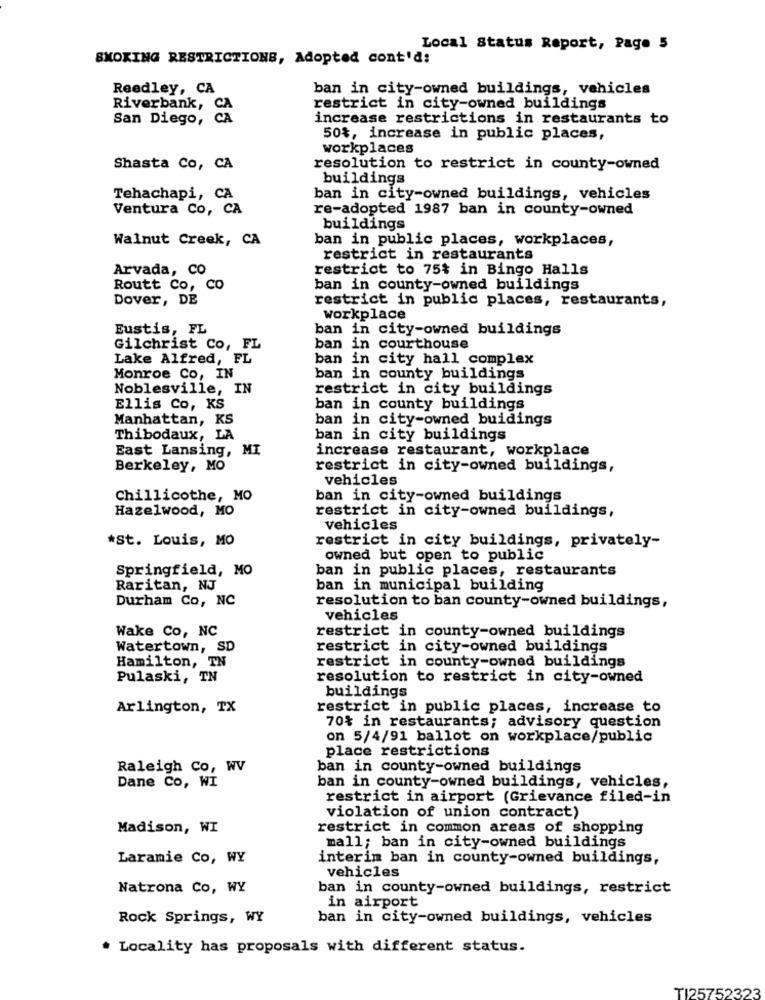
Local Status Report, Page 5
SMOKING RESTRICTIONS, Adopted cont'd:
Reedley, CA
ban in city-owned buildings, vehicles
Riverbank, CA
restrict in city-owned buildings
San Diego, C
increase restrictions in restaurants to
50%, increase in public places,
workplaces
Shasta Co, CA
resolution to restrict in county-owned
buildings
Tehachapi, CA
ban in city-owned buildings, vehicles
Ventura Co, CA
re-adopted 1987 ban in county-owned
buildings
Walnut Creek, CA
ban in public places, workplaces,
restrict in restaurants
Arvada, CO
restrict to 75% in Bingo Halls
Routt Co, CO
ban in county-owned buildings
Dover, DE
restrict in public places, restaurants,
workplace
Eustis, FL
ban in city-owned buildings
Gilchrist Co, FL
ban in courthouse
Lake Alfred, FL
ban in city hall complex
Monroe Co, IN
ban in county buildings
Noblesville, IN
restrict in city buildings
Ellis Co, KS
ban in county buildings
Manhattan, KS
ban in city-owned buidings
Thibodaux, LA
ban in city buildings
East Lansing, MI
increase restaurant, workplace
Berkeley, MO
restrict in city-owned buildings,
vehicles
Chillicothe, MO
ban in city-owned buildings
Hazelwood, MO
restrict in city-owned buildings,
vehicles
*St. Louis, MO
restrict in city buildings, privately-
owned but open to public
Springfield, MO
ban in public places, restaurants
Raritan, NJ
ban in municipal building
Durham Co, NC
resolution to ban county-owned buildings,
vehicles
Wake Co, NC
restrict in county-owned buildings
Watertown, SD
restrict in city-owned buildings
Hamilton, TN
restrict in county-owned buildings
Pulaski, TN
resolution to restrict in city-owned
buildings
Arlington, TX
restrict in public places, increase to
70% in restaurants; advisory question
on 5/4/91 ballot on workplace/public
place restrictions
Raleigh Co, WV
ban in county-owned buildings
Dane Co, WI
ban in county-owned buildings, vehicles,
restrict in airport (Grievance filed-in
violation of union contract)
Madison, WI
restrict in common areas of shopping
mall; ban in city-owned buildings
Laramie Co, WY
interim ban in county-owned buildings,
vehicles
Natrona Co, WY
ban in county-owned buildings, restrict
in airport
Rock Springs, WY
ban in city-owned buildings, vehicles
Locality has proposals with different status.
TI25752323